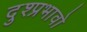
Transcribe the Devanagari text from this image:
दुश्प्रभावो